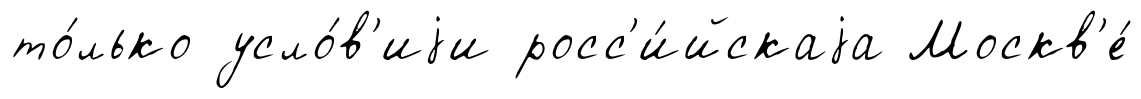
то́лько усло́в'иjи росс'и́йскаjа Москв'е́